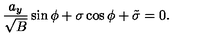
\frac { a _ { y } } { \sqrt B } \sin \phi + \sigma \cos \phi + \tilde { \sigma } = 0 .